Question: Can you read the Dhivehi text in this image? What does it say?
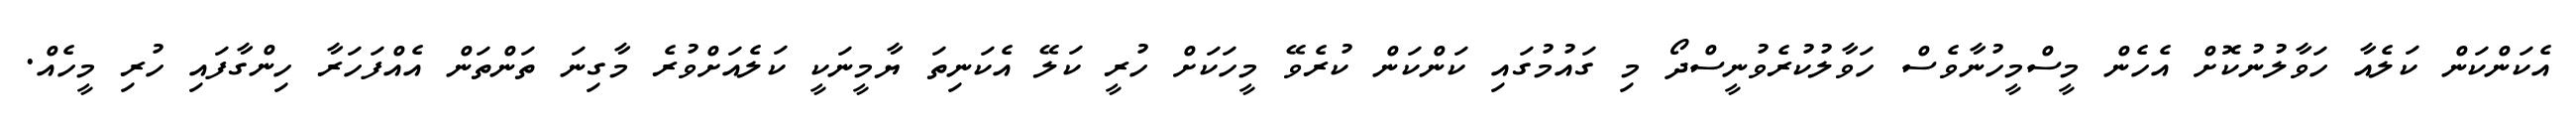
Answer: އެކަންކަން ކަލެއާ ހަވާލުނުކޮށް އެހެން މީސްމީހުނާވެސް ހަވާލުކުރެވުނީސްދޯ މި ގައުމުގައި ކަންކަން ކުރެވޭ މީހަކަށް ހުރީ ކަލޭ އެކަނިތަ ޔާމީނަކީ ކަލެއަށްވުރެ މާގިނަ ތަންތަން އެއްފަހަރާ ހިންގާފައި ހުރި މީހެއް.